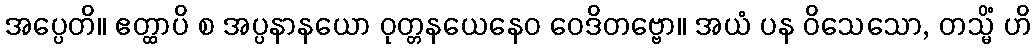
အပ္ပေတိ။ ဧတ္ထာပိ စ အပ္ပနာနယော ဝုတ္တနယေနေဝ ဝေဒိတဗ္ဗော။ အယံ ပန ဝိသေသော, တသ္မိံ ဟိ